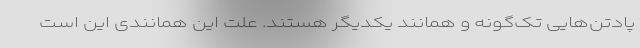
پادتن‌هایی تک‌گونه و همانند یکدیگر هستند. علت این همانندی این است